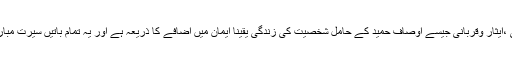
صلہ رحمی ، خیر خواہی ،ایثار وقربانی جیسے اوصاف حمید کے حامل شخصیت کی زندگی یقینا ایمان میں اضافے کا ذریعہ ہے اور یہ تمام باتیں سیرت مبارکہ سے معلوم ہوتی ہیں۔